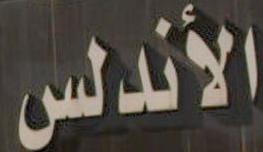
الأندلس